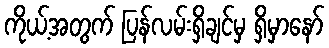
ကိုယ့်အတွက် ပြန်လမ်းရှိချင်မှ ရှိမှာနော်